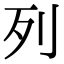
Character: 列